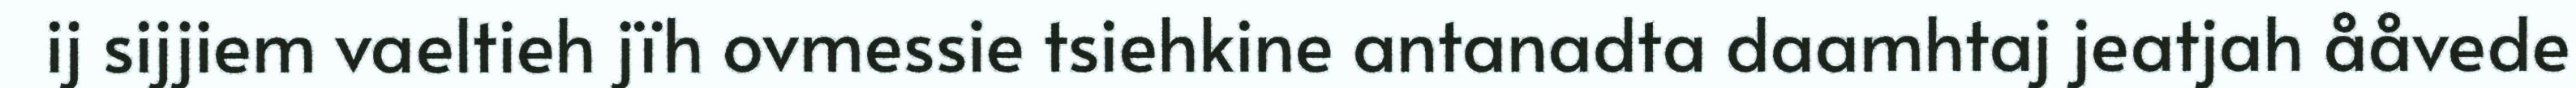
ij sijjiem vaeltieh jïh ovmessie tsiehkine antanadta daamhtaj jeatjah ååvede